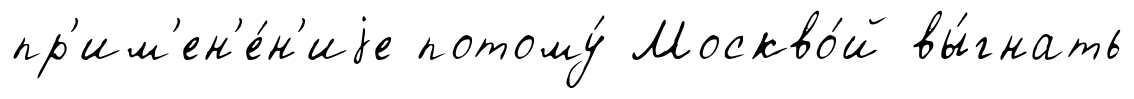
пр'им'ен'е́н'иjе потому́ Москво́й вы́гнать